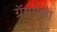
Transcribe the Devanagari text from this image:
ग्रॅमपेक्षा